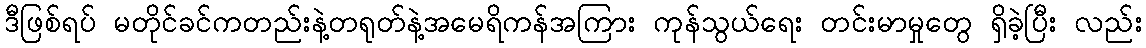
ဒီဖြစ်ရပ် မတိုင်ခင်ကတည်းနဲ့တရုတ်နဲ့အမေရိကန်အကြား ကုန်သွယ်ရေး တင်းမာမှုတွေ ရှိခဲ့ပြီး လည်း